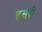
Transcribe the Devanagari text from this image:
इसुरी